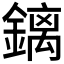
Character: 𰽅